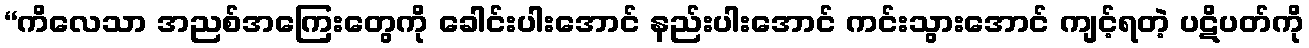
“ကိလေသာ အညစ်အကြေးတွေကို ခေါင်းပါးအောင် နည်းပါးအောင် ကင်းသွားအောင် ကျင့်ရတဲ့ ပဋိပတ်ကို